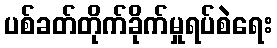
ပစ်ခတ်တိုက်ခိုက်မှုရပ်စဲရေး